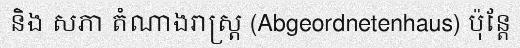
និង សភា តំណាងរាស្ត្រ (Abgeordnetenhaus) ប៉ុន្តែ